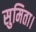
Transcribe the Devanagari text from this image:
सुमिता।